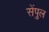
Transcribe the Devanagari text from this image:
सेंपुल